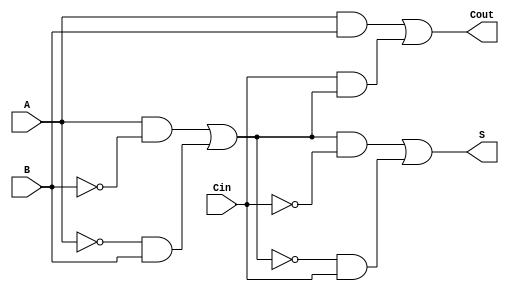
module TransmissionGateFullAdder (
    input wire A,     // First input bit
    input wire B,     // Second input bit
    input wire Cin,   // Carry-in bit
    output wire S,    // Sum output
    output wire Cout   // Carry-out output
);

// Intermediate signals
wire AxorB;          // Intermediate XOR result
wire A_and_B;        // A AND B result
wire Cin_and_AxorB;  // Cin AND (A XOR B) result

// Transmission Gates for XOR (A XOR B)
wire A_inv, B_inv;

// Inverting inputs for PMOS control
assign A_inv = ~A;
assign B_inv = ~B;

// First XOR: AxorB = A XOR B using transmission gates
assign AxorB = (A & B_inv) | (A_inv & B);

// Second XOR: S = AxorB XOR Cin using transmission gates
wire AxorB_inv, Cin_inv;
assign AxorB_inv = ~AxorB;
assign Cin_inv = ~Cin;

assign S = (AxorB & Cin_inv) | (AxorB_inv & Cin);

// Transmission Gates for AND operations to calculate Cout
assign A_and_B = A & B; // A AND B
assign Cin_and_AxorB = Cin & AxorB; // Cin AND (A XOR B)

// Cout = (A AND B) OR (Cin AND (A XOR B))
assign Cout = A_and_B | Cin_and_AxorB;

endmodule